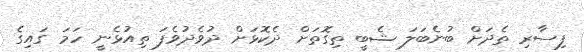
ފިސާރި ތެދަށް ބުނެބަލަ ޝެބީ ތިގޮތަށް ދެކޮޅަށް ދުވެދުވެފަ ތިއުޅެނީ ހަމަ ގައިގެ